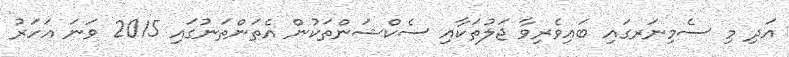
އަދި މި ސެމިނަރގައި ބައިވެރިވާ ޖަލުތަކާއި ސެކްޝަންތަކުން އެތަންތަނުގައި 2015 ވަނަ އަހަރު